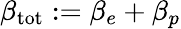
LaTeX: \beta_{\mathrm{tot}}:=\beta_{e}+\beta_{p}